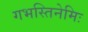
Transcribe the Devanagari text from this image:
गभस्तिनेमिः